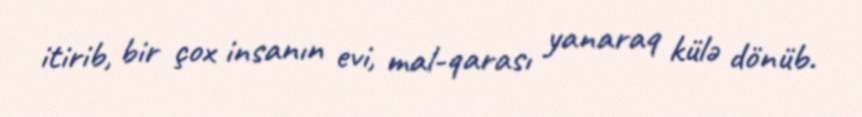
itirib, bir çox insanın evi, mal-qarası yanaraq külə dönüb.